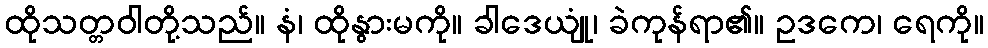
ထိုသတ္တဝါတို့သည်။ နံ၊ ထိုနွားမကို။ ခါဒေယျုံ၊ ခဲကုန်ရာ၏။ ဥဒကေ၊ ရေကို။